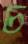
চ